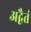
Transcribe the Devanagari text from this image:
अद्वैतं